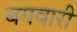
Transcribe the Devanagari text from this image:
बगवारी